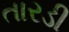
તારડી